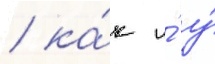
/ ка́к и́ у́